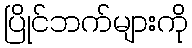
ပြိုင်ဘက်များကို